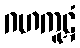
ဂဟကူဋံ